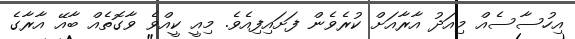
އިހުސާސެއް މިއަދު އާރާއަށް ކުރެވެން ފަށައިފިއެވެ. މިއީ ކީއްވެ ވާގޮތެއް ބާއޭ އާރާގެ